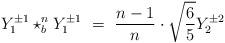
LaTeX: \begin{align*}Y_{1}^{\pm1}\star_{b}^{n}Y_{1}^{\pm1}\ =\ \frac{n-1}{n}\cdot\sqrt{\frac{6}{5}}Y_{2}^{\pm2}\end{align*}